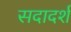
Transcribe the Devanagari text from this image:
सदादर्श